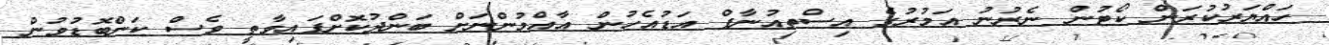
ހައްޔަރުކުރަން ކޯޓުން ނެރުނު އަމުރުގެ އިސްތިއުނާފް އަޑުއެހުން އާއްމުންނަށް ބަންދުކޮށްފައިވާތީ ވެސް ކަންބޮޑުވުން